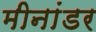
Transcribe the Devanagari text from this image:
मीनांडर